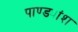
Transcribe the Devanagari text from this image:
पाण्ड्यांश